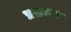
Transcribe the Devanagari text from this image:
प्रतम्ल